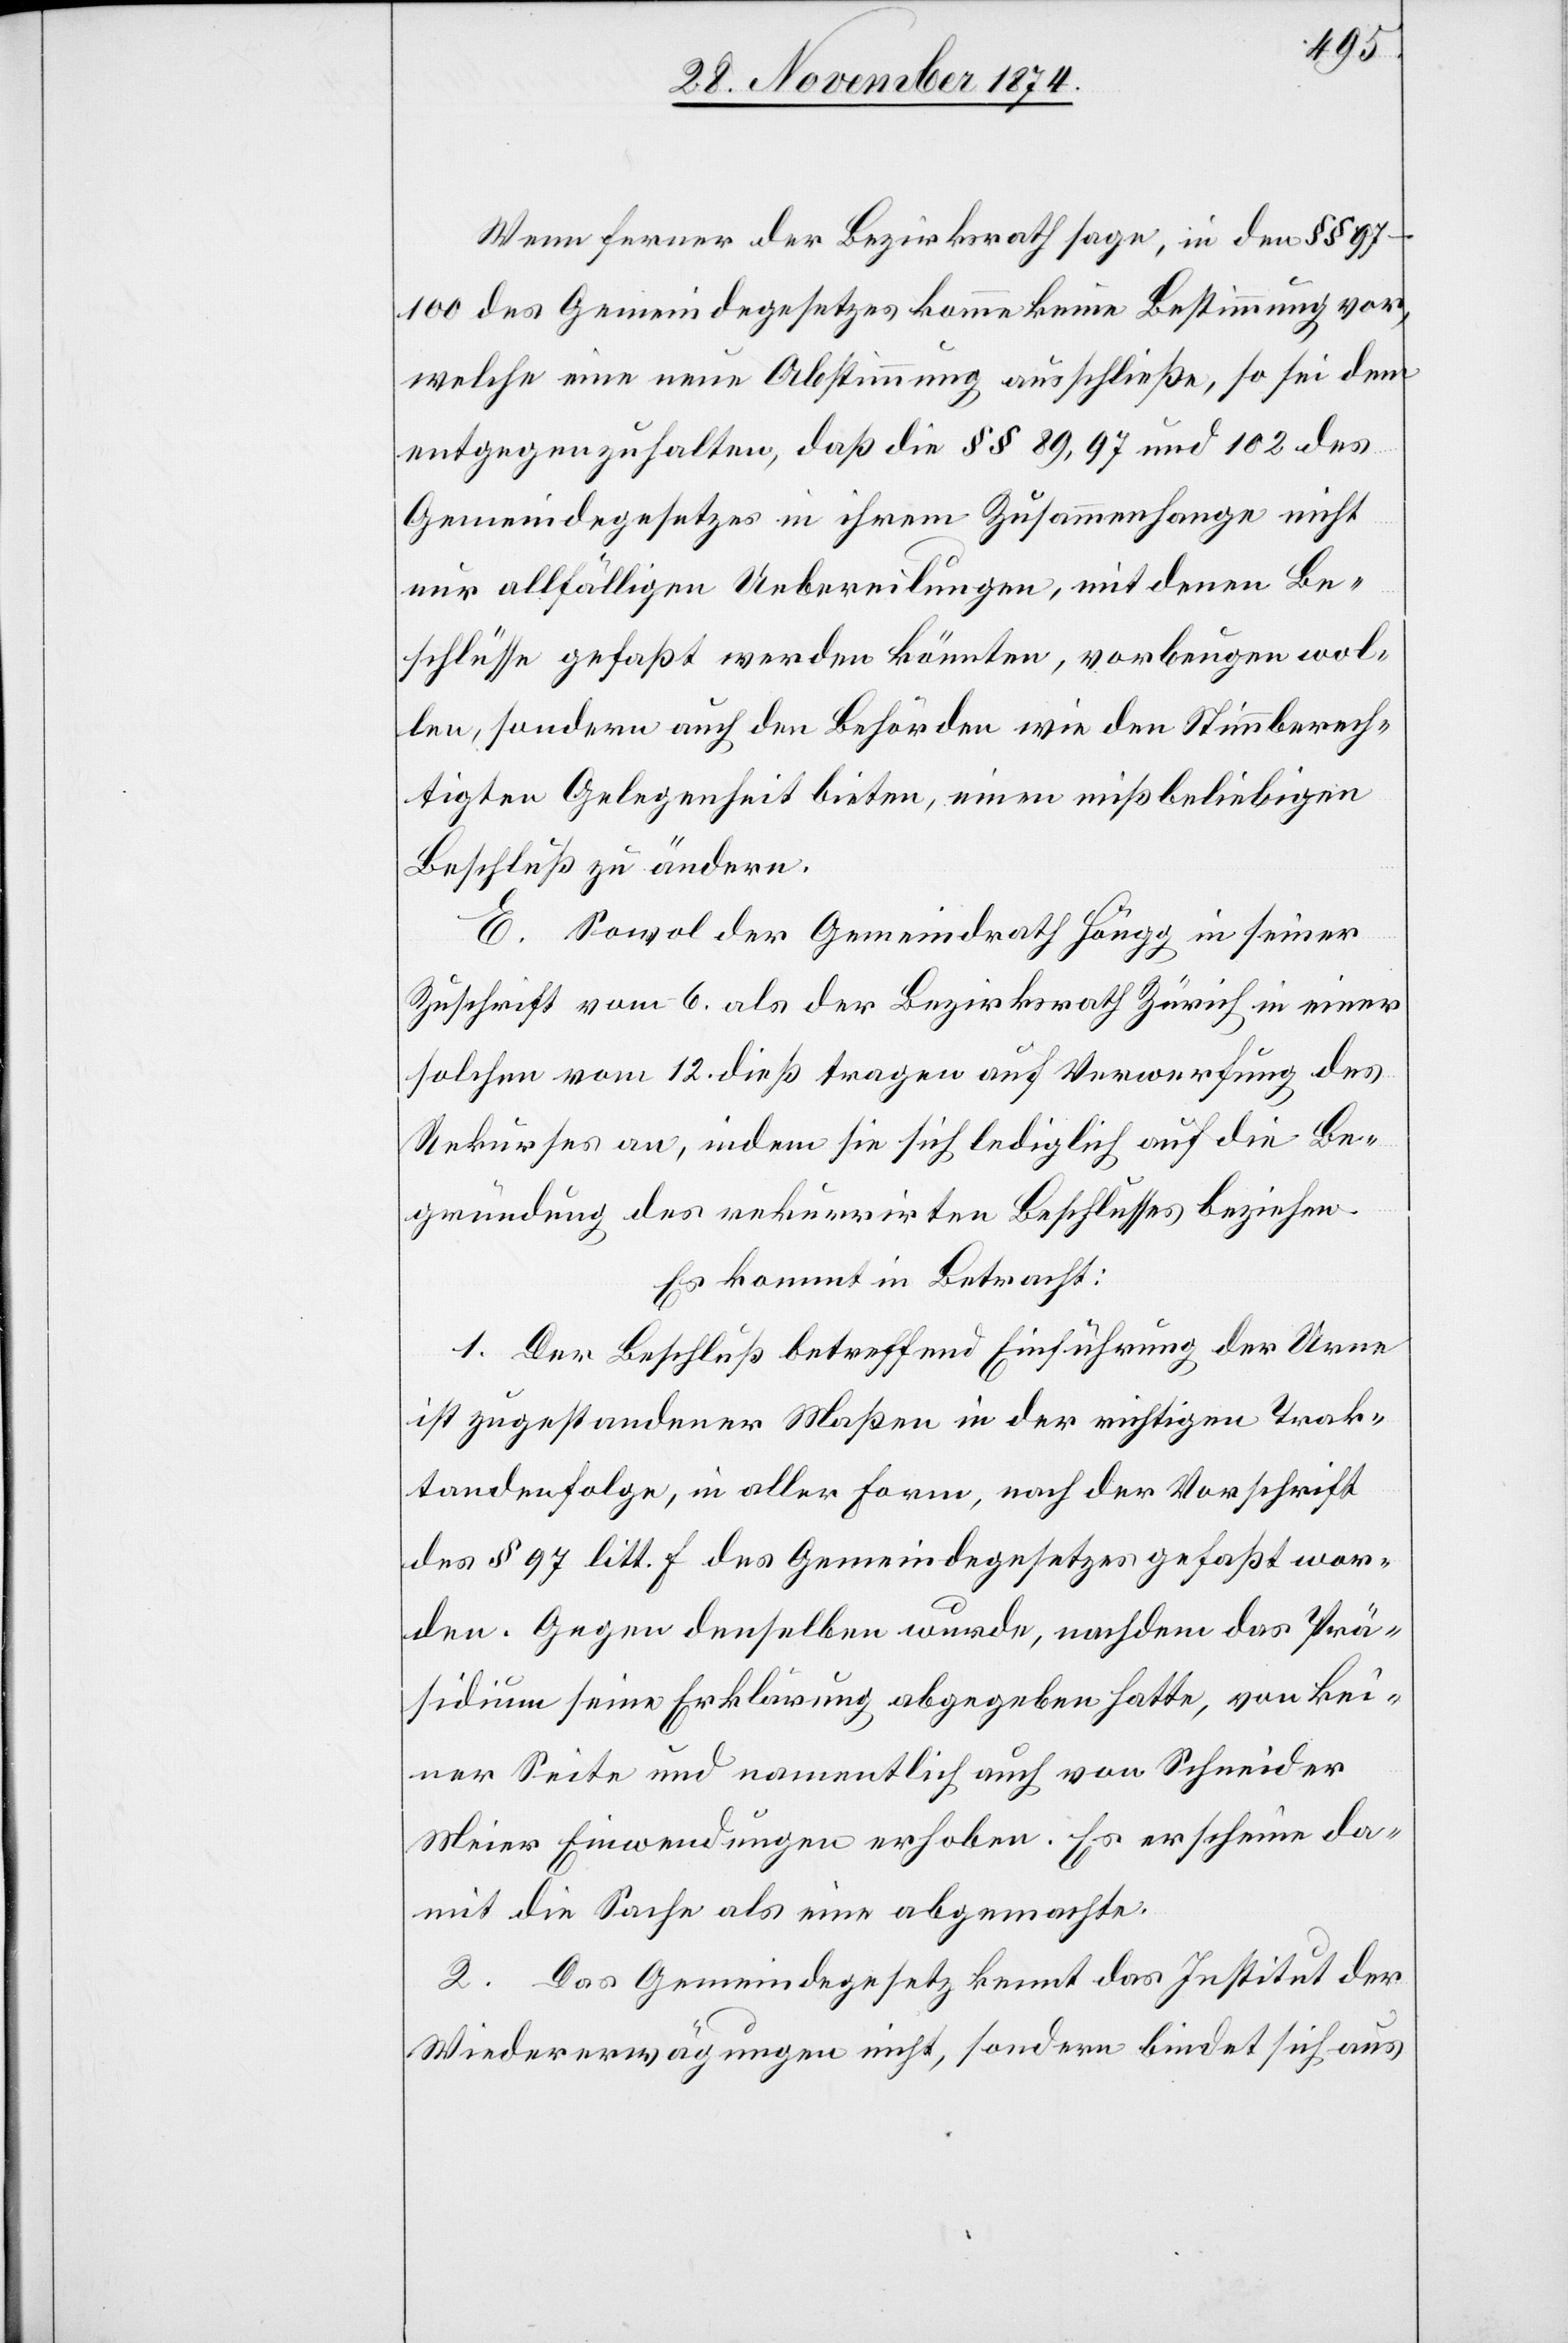
Wenn ferner der Bezirksrath sage, in den §§
97–100 des Gemeindegesetzes komme keine Bestimmung vor,
welche eine neue Abstimmung ausschließe, so sei dem
entgegenzuhalten, daß die §§ 89,97 und 102 des
Gemeindegesetzes in ihrem Zusammenhange nicht
nur allfälligen Uebereilungen, mit denen Be¬
schlüsse gefaßt werden könnten, vorbeugen wol¬
len, sondern auch den Behörden wie den Stimmberech¬
tigten Gelegenheit bieten, einen mißbeliebigen
Beschluß zu ändern.
E. Sowol der Gemeindrath Höngg in seiner
Zuschrift vom 6. als der Bezirksrath Zürich in einer
solchen vom 12. dieß tragen auf Verwerfung des
Rekurses an, indem sie sich lediglich auf die Be¬
gründung des rekurrirten Beschlusses beziehen.
Es kommt in Betracht:
1. Der Beschluß betreffend Einführung der Urne
ist zugestandener Maßen in der richtigen Trak¬
tandenfolge, in aller Form, noch der Vorschrift
des § 97 litt. f des Gemeindegesetzes gefaßt wor¬
den. Gegen denselben wurde, nachdem das Prä¬
sidium seine Erklärung abgegeben hatte, von kei¬
ner Seite und namentlich auch von Schneider
Meier Einwendungen erhoben. Es erscheine da¬
mit die Sache als eine abgemachte.
2. Das Gemeindegesetz kennt das Institut der
Wiedererwägungen nicht, sondern bindet sich aus